Vaccination in the Punjab 1905-1918 - 1905-1918
Year: 1905
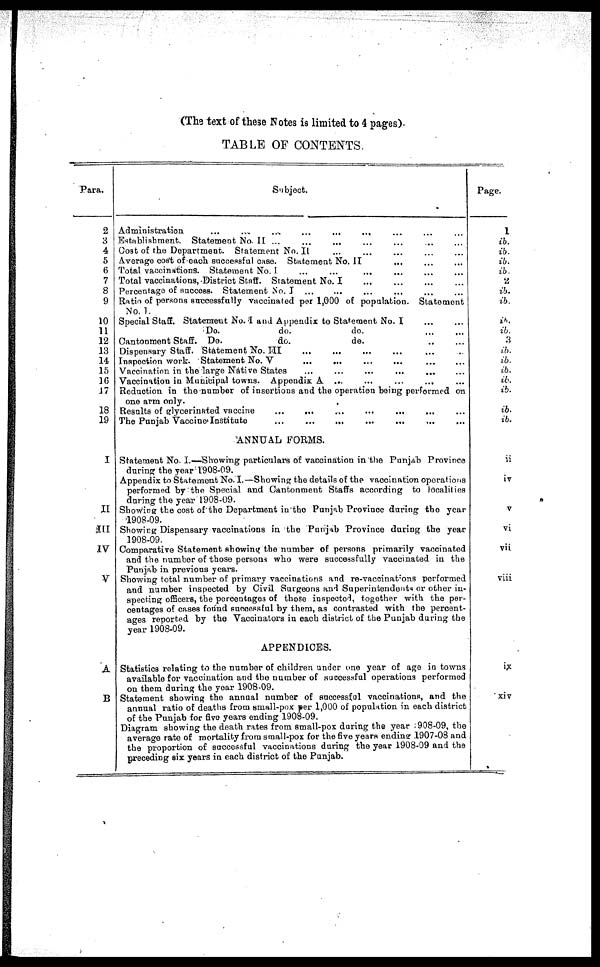
(The text of these Notes is limited to 4 pages).
TABLE OF CONTENTS.
Para.
2
3
4
5
6
7
8
9
10
11
12
13
14
15
16
17
18
19
I
II
III
IV
V
A
B
Subject.
Administration ... ... ... ... ... ... ... ... ...
Establishment. Statement No. II ...
...
...
...
...
... ...
Coat of the Department. Statement No. II
...
...
...
...
...
Average cost of each successful case. Statement No. II
...
...
...
Total vaccinations. Statement No. I.
...
...
...
...
...
...
Total vaccinations, District Staff. Statement No. I
...
...
...
...
Percentage of success. Statement No. I ... ... ... ... ... ...
Ratio of persons successfully vaccinated per 1,000 of population. Statement
No. 1.
Special Staff. Statement No. I and Appendix to Statement No. I
...
...
Do.
do.
do. ... ...
Cantonment Staff. Do.
do.
do. ... ...
Dispensary Staff. Statement No. III ... ... ... ... ... ...
Inspection work. Statement No. V ... ... ... ... ... ...
Vaccination in the large Native States
...
...
...
...
...
...
Vaccination in Municipal towns. Appendix A ... ... ... ... ...
Reduction in the number of insertions and the operation being performed on
one arm only.
Results of glycerinated vaccine ... ... ... ... ... ... ...
The Punjab Vaccine Institute ... ... ... ... ... ... ...
ANNUAL FORMS.
Statement No. I.—Showing particulars of vaccination in the Punjab Province
during the year 1908-09.
Appendix to Statement No. I.—Showing the details of the vaccination operations
performed by the Special and Cantonment Staffs according to localities
during the year 1908-09.
Showing the cost of the Department in the Punjab Province during the year
1908-09.
Showing Dispensary vaccinations in the Punjab Province during the year
1908-09.
Comparative Statement showing the number of persons primarily vaccinated
and the number of those persons who were successfully vaccinated in the
Punjab in previous years.
Showing total number of primary vaccinations and re-vaccinations performed
and number inspected by Civil Surgeons and Superintendents or other in-
specting officers, the percentages of those inspected, together with the per-
centages of cases found successful by them, as contrasted with the percent-
ages reported by the Vaccinators in each district of the Punjab during the
year 1908-09.
APPENDICES.
Statistics relating to the number of children under one year of age in towns
available for vaccination and the number of successful operations performed
on them during the year 1908-09.
Statement showing the annual number of successful vaccinations, and the
annual ratio of deaths from small-pox per 1,000 of population in each district
of the Punjab for five years ending 1908-09.
Diagram showing the death rates from small-pox during the year ; 908-09, the
average rate of mortality from small-pox for the five years ending 1907-08 and
the proportion of successful vaccinations during the year 1908-09 and the
preceding six years in each district of the Punjab.
Page.
1
ib.
ib.
ib.
ib.
2
ib.
ib.
ib.
ib.
3
ib.
ib.
ib.
ib.
ib.
ib.
ib.
ii
iv
V
vi
vii
viii
ix
xiv